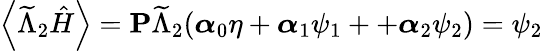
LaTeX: \left\langle\widetilde{\Lambda}_{2}\hat{H}\right\rangle=\textbf{P}\widetilde{\Lambda}_{2}(\boldsymbol{\alpha}_{0}\eta+\boldsymbol{\alpha}_{1}\psi_{1}++\boldsymbol{\alpha}_{2}\psi_{2})=\psi_{2}